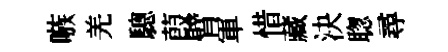
嗾羌驄葭臂軍惜藏決聦尋